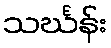
သင်္ဃန်း